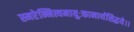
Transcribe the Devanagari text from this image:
स्मरेन्नित्यमायुःकामार्थसिद्धये।।